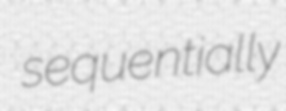
sequentially